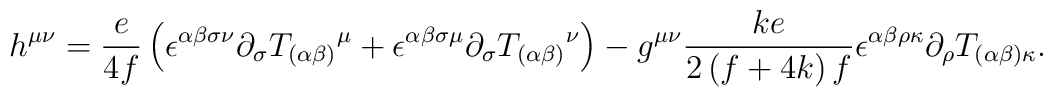
h^{\mu \nu }=\frac{e}{4f}\left( \epsilon ^{\alpha \beta \sigma\nu }\partial _{\sigma }T_{(\alpha \beta )}{}^{\mu }+\epsilon^{\alpha \beta \sigma \mu }\partial _{\sigma }T_{(\alpha \beta)}{}^{\nu }\right) -g^{\mu \nu }\frac{ke }{2\left( f+4k\right)f}\epsilon ^{\alpha \beta \rho \kappa }\partial _{\rho}T_{(\alpha \beta )\kappa }.